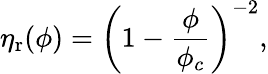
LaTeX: \eta_{\mathrm{r}}(\phi)=\left(1-\frac{\phi}{\phi_{c}}\right)^{-2},